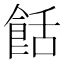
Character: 餂